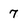
Character: 7